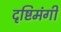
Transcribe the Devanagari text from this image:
दृष्टिमंगी